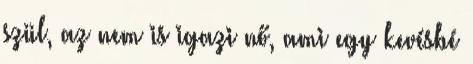
szül, az nem is igazi nő, ami egy kevésbé